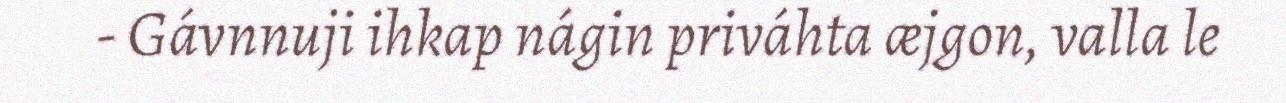
- Gávnnuji ihkap nágin priváhta æjgon, valla le